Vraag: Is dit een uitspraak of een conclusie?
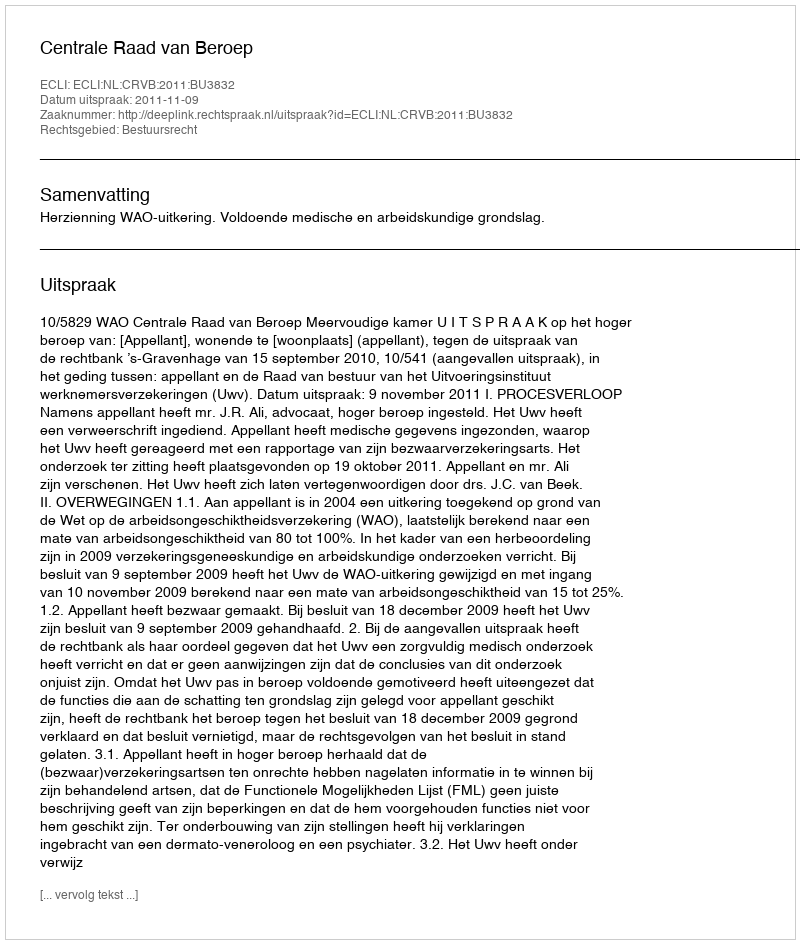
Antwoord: Uitspraak